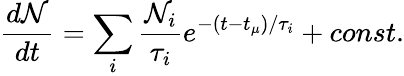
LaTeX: \frac{d\mathcal{N}}{dt}=\sum_{i}\frac{\mathcal{N}_{i}}{\tau_{i}}e^{-(t-t_{\mu})/\tau_{i}}+const.